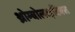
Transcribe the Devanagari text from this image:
थ्रोम्बोलाइटिक्स